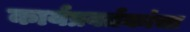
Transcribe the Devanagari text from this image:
कार्यप्रवर्तकांचा